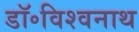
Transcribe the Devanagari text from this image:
डॉ॰विश्वनाथ